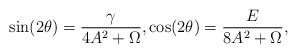
LaTeX: \begin{align*}\sin(2\theta) = \frac{\gamma}{4 A^2 + \Omega}, \cos(2 \theta) = \frac{E}{8 A^2 + \Omega},\end{align*}